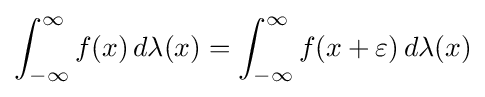
\int _{-\infty }^{\infty }f(x)\,d\lambda (x)=\int _{-\infty }^{\infty }f(x+\varepsilon )\,d\lambda (x)